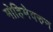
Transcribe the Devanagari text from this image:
मोहिमेवरुन